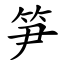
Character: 笋